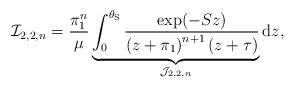
\begin{align*}\mathcal{I}_{2,2,n} = \frac{\pi_1^n}{\mu} \underbrace{\int_{0}^{\theta_{\mathrm{S}}} \frac{\exp({-Sz})}{ \left( z + \pi_1 \right)^{n+1} (z + \tau)}}_{\mathcal{J}_{2,2,n}} \mathrm{d}z,\end{align*}